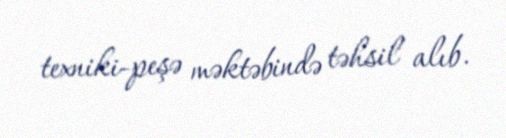
texniki-peşə məktəbində təhsil alıb.